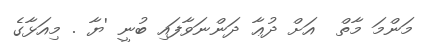
މަންމަ މާތް  އަށް ދުޢާ ދަންނަވާފައި ބުނީ 'ޔާ . މިއަޅާގެ